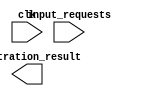
module weighted_arbiter(
    input wire clk,
    input wire [3:0] input_requests,
    output reg [3:0] arbitration_result
);

// Timing control module
reg [1:0] state;
parameter IDLE = 2'b00, SYNC = 2'b01, ARBITRATE = 2'b10;

always @(posedge clk) begin
    case(state)
        IDLE: begin
            // Check for input requests
            if(input_requests != 4'b0000) begin
                state <= SYNC;
            end
        end
        SYNC: begin
            // Synchronize input requests
            // Detect and resolve conflicts
            state <= ARBITRATE;
        end
        ARBITRATE: begin
            // Perform weighted arbitration
            // Update arbitration result
            state <= IDLE;
        end
    endcase
end

// Synchronization block
// Include logic for synchronizing input signals, detecting conflicts, and resolving based on weighted priority scheme

endmodule